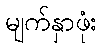
မျက်နှာဖုံး